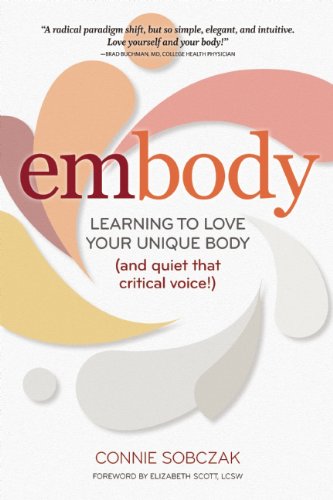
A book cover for embody: Learning to Love Your Unique Body (and quiet that critical voice!); Connie Sobczak; Self-Help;